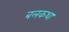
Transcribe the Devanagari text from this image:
बलकथा